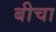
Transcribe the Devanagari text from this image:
बीचा